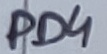
Text: PD4